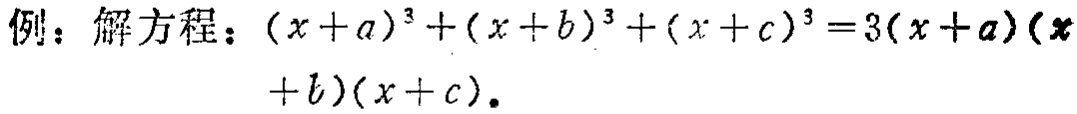
例：解方程：\((x + a)^{3}+(x + b)^{3}+(x + c)^{3}=3(x + a)(x + b)(x + c)\)。